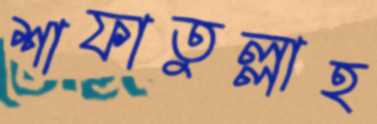
শাফাতুল্লাহ